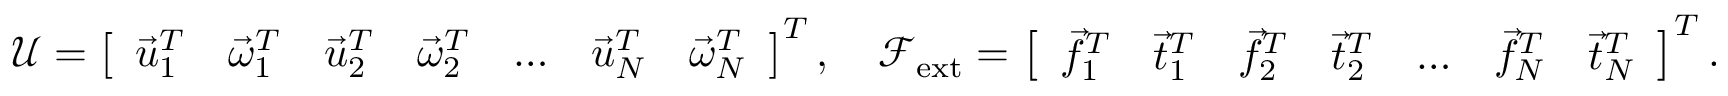
\boldsymbol { \mathcal U } = \left[ \begin{array} { l l l l l l l } { \vec { u } _ { 1 } ^ { T } } & { \vec { \omega } _ { 1 } ^ { T } } & { \vec { u } _ { 2 } ^ { T } } & { \vec { \omega } _ { 2 } ^ { T } } & { \dots } & { \vec { u } _ { N } ^ { T } } & { \vec { \omega } _ { N } ^ { T } } \end{array} \right] ^ { T } , \quad \boldsymbol { \mathcal F } _ { \mathrm { e x t } } = \left[ \begin{array} { l l l l l l l } { \vec { f } _ { 1 } ^ { T } } & { \vec { t } _ { 1 } ^ { T } } & { \vec { f } _ { 2 } ^ { T } } & { \vec { t } _ { 2 } ^ { T } } & { \dots } & { \vec { f } _ { N } ^ { T } } & { \vec { t } _ { N } ^ { T } } \end{array} \right] ^ { T } .